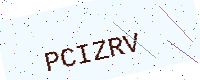
Text: PCIZRV